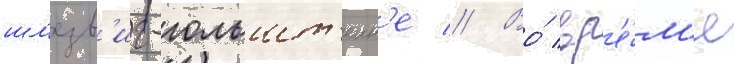
шл'езв'иг-гольшт'еин'е // Во́ вр'е́м'я